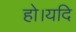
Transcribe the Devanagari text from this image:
हो।यदि